Vaccination in the Punjab 1883-1896 - 1883-1896
Year: 1883
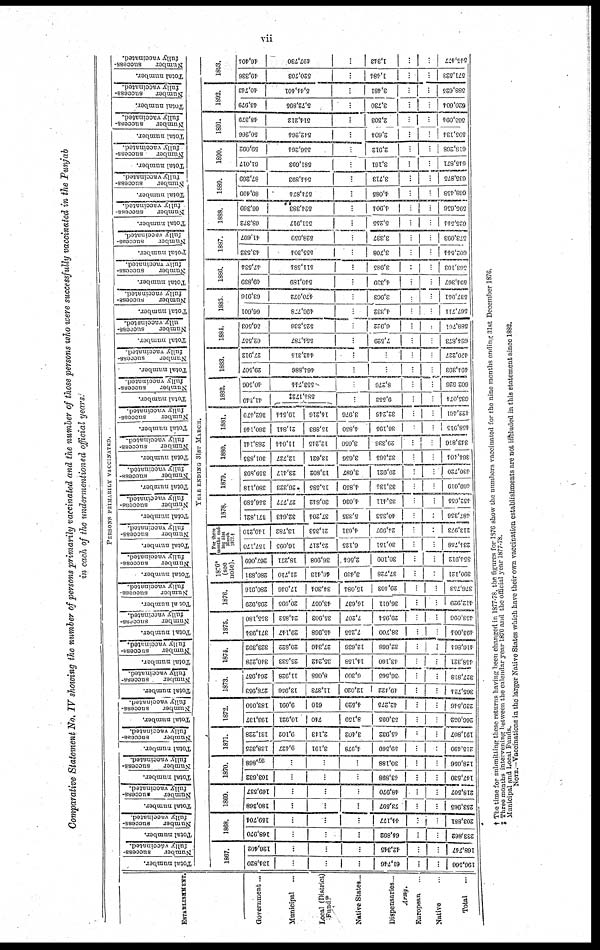
vii
Comparative Statement No. IV showing the number of persons primarily vaccinated and the number of those persons who were successfully vaccinated in the Punjab
in each of the undermentioned official years:
PERSONS PRIMARILY VACCINATED.
ESTABLISHMENT.
Government...
Municipal ...
Local (District)
Fund.
Native States...
Dispensaries ...
European ...
Native ...
Total ...
Total number.
Number
success-
fully vaccinated.
Total number.
Number
success-
fully vaccinated,
Total number.
Number
success-
fully vaccinated.
Total number.
Number
success-
fully vaccinated.
Total number.
Number
success-
fully vaccinated.
Total number.
Number
success-
fully vaccinated.
Total number.
Number
success-
fully vaccinated.
Total number.
Number
success-
fully vaccinated.
Total number.
Number
success-
fully vaccinated.
Total number.
Number
success-
fully vaccinated.
Total number.
Number
success-
fully vaccinated.
Total number.
Number
success-
fully vaccinated.
Total number.
Number
success-
fully vaccinated.
Total number.
Number
success-
fully vaccinated.
Total number.
Number
success-
fully vaccinated.
Total number.
Number
success-
fully vaccinated.
Total number.
Number
success-
fully vaccinated
Total number.
Number
success-
fully vaccinated.
Total number.
Number
success¬
ully vaccinated.
Total number.
Number
success-
fully vaccinated.
Total number.
Number
success-
fully vaccinated.
Total number.
Number
success-
fully vaccinated.
Total number.
Number
success-
fully vaccinated.
Total number.
Number
success-
fully vaccinated.
Total number.
Number
success-
fully vaccinated.
Total number.
Number
success-
fully vaccinated.
Total number.
Number
success-
fully vaccinated.
Total number.
Number
success-
fully vaccinated.
YEAR ENDING 31ST MARCH.
1807.
134,820
...
...
...
61,746
...
...
196,566
126,402
...
...
...
42,345
...
...
168,747
1868.
168,970
...
...
...
64,892
...
...
233,862
169,704
...
...
...
44,177
...
...
203,881
1869.
180,368
...
...
...
73,597
...
...
253,965
169,537
...
...
...
48,970
...
...
218,507
1870.
103,632
...
...
...
43,898
...
...
147,530
97,868
...
...
...
30,188
...
...
128,056
1871.
138,325
9,427
3,191
4,978
59,569
...
...
215,490
131,228
9,102
2,143
3,402
45,932
...
...
191,807
1872.
193,137
10,921
740
8,159
53,095
...
...
266,052
183,050
9,091
610
4,520
12,275
...
...
239,516
1873.
278,953
13,956
11,373
12,020
19,422
...
...
365,724
264,957
11,928
8,068
6,300
36,565
...
...
327,818
1874.
340,228
25,533
35,242
14,158
13,160
...
...
158,321
323,392
20,822
27,346
12,636
32,668
...
...
116,861
1875.
371,934
29,147
45,968
7,255
38,700
...
...
193,004
355,180
24,852
35,903
7,207
29,954
...
...
153,096
1876.
295,929
20,695
43,057
16,637
36,611
...
...
142,929
280,916
17,016
34,304
15,084
29,103
...
...
376,753
1876*
(see
note).
280,831
21,710
46,413
3,139
37,728
...
...
390,121
267,069
18,271
36,908
2,564
30,100
...
...
354,912
For three
months end-
ing 31st
March
1877†
157,170
16,095
25,217
6,125
30,151
...
...
234,758
119,210
13,782
21,353
4,631
24,997
...
...
213,973
1878.
371,821
32,643
37,204
5,335
10,353
...
...
487,356
356,589
27,777
30,812
4,036
33,111
...
...
152,635
1879.
380,118
26,323
15,585
4,859
33,134
...
...
160,019
359,893
23,417
13,802
3,687
29,921
...
...
130,720
1880.
301,835
12,727
13,621
3,656
32,565
...
...
364,104
288,141
11,044
12,215
3,050
29,336
...
...
313,816
1881.
380,146
21,841
15,883
1,850
36,195
...
...
138,915
362,479
19,544
14,216
3,976
32,216
...
...
122,461
1882.
41,349
584,172‡
...
9,553
...
...
635,074
10,506
553,744
...
8,276
...
...
602,526
1883.
29,507
461,886
...
...
...
...
491,393
27,912
442,315
...
...
...
...
470,227
1881.
62,557
554,787
...
7,529
...
...
621,873
56,503
525,336
...
6,922
...
588,761
1885
66,601
496,778
...
4,332
...
...
567,711
68,916
470,072
...
3,963
...
...
537,951
1886.
49,839
540,189
...
4,339
...
...
591,367
47,534
511,581
...
3,985
...
...
563,103
1887.
43,532
555,304
...
3,708
...
...
602,544
41,697
523,059
...
3,337
...
...
573,093
1888.
68,372
551,917
...
5,255
...
...
625,541
06,369
524,383
...
4,904
...
...
595,656
1889.
89,499
571,874
...
4,085
...
...
668,158
87,269
544,893
...
3,713
...
...
635,875
1890.
61,017
581,693
...
3,161
...
...
615,871
59,092
556,261
...
2,912
...
...
618,268
1891.
50,266
542,264
...
2,604
...
...
595,134
48,379
514,212
...
2,503
...
...
563,094
1892.
43,979
5,72,895
...
3,730
...
...
620,604
40,713
5,14,401
...
3,481
...
...
588,625
1893.
49,336
520,703
...
1,454
...
...
571,523
46,404
497,730
...
1,343
...
...
545,477
† The time for submitting these returns having been changed in 1877-78, the figures for 1876 show the numbers vaccinated for the nine months ending 31st December 1876
‡ Three months intervening between the calendar year 1876 and the official year 1877-78.
Municipal and Local Funds.
NOTE.—Vaccinations in the larger Native states which have their own vaccination establishments are not included in this statement since 1882.